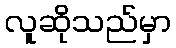
လူဆိုသည်မှာ